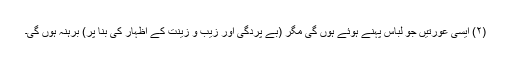
(۲) ایسی عورتیں جو لباس پہنے ہوئے ہوں گی مگر (بے پردگی اور زیب و زینت کے اظہار کی بنا پر) برہنہ ہوں گی۔